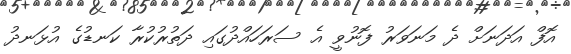
އޮފް އަދަނަށް ދެ މަނަވަރު ފޮނުވީ އެ ސަރަހައްދުގައި ދަތުރުކުރާ ކަނޑުގެ އުޅަނދު